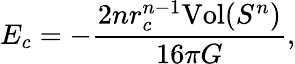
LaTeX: E_{c}=-\frac{2nr_{c}^{n-1}\mathrm{Vol}(S^{n})}{16\pi G},